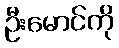
ဦးမောင်ကို